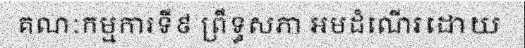
គណៈកម្មការទី៩ ព្រឹទ្ធសភា អមដំណើរដោយ